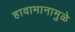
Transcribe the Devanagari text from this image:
हावामानामुळे